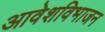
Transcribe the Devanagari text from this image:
आवेशविभाजन